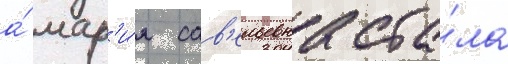
а́ мар'и́я сав'ельевна ста́ла